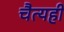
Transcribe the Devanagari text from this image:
चैत्यही